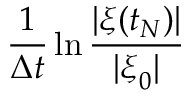
\frac { 1 } { \Delta t } \ln \frac { | { \boldsymbol \xi } ( t _ { N } ) | } { | { \boldsymbol \xi } _ { 0 } | }